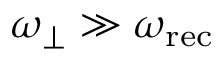
\omega _ { \perp } \gg \omega _ { \mathrm { r e c } }